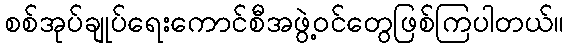
စစ်အုပ်ချုပ်ရေးကောင်စီအဖွဲ့ဝင်တွေဖြစ်ကြပါတယ်။